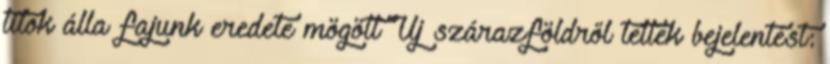
titok álla fajunk eredete mögött Új szárazföldről tettek bejelentést: